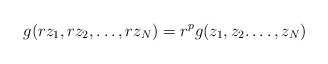
\begin{align*}g(r z_1, r z_2, \dots , r z_N) = r^{p}g( z_1, z_2.\dots,z_N) \end{align*}